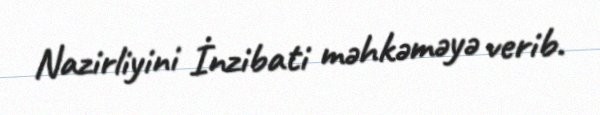
Nazirliyini İnzibati məhkəməyə verib.